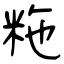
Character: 粚